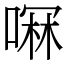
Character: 𫫋